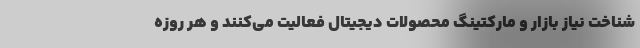
شناخت نیاز بازار و مارکتینگ محصولات دیجیتال فعالیت می‌کنند و هر روزه